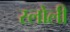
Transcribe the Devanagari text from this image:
स्लोली